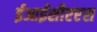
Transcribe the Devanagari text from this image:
ईआईसीएएस